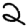
Digit: 2